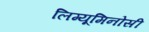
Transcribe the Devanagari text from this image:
लिग्यूमिनोसी